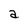
Character: a